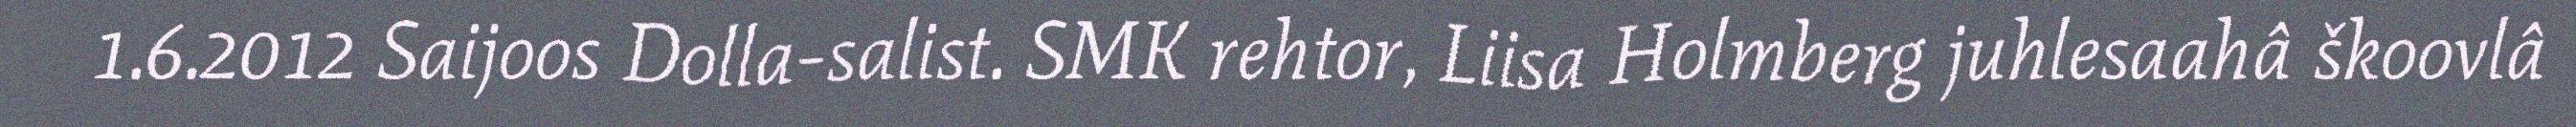
1.6.2012 Saijoos Dolla-salist. SMK rehtor, Liisa Holmberg juhlesaahâ škoovlâ